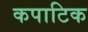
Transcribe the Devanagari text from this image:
कपाटिक